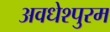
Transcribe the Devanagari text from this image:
अवधेश्पुरम